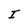
Character: I